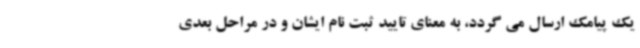
یک پیامک ارسال می گردد، به معنای تایید ثبت نام ایشان و در مراحل بعدی